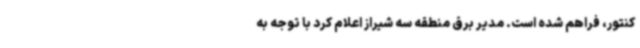
کنتور، فراهم شده است. مدیر برق منطقه سه شیراز اعلام کرد با توجه به